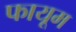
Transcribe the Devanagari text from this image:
फायूम